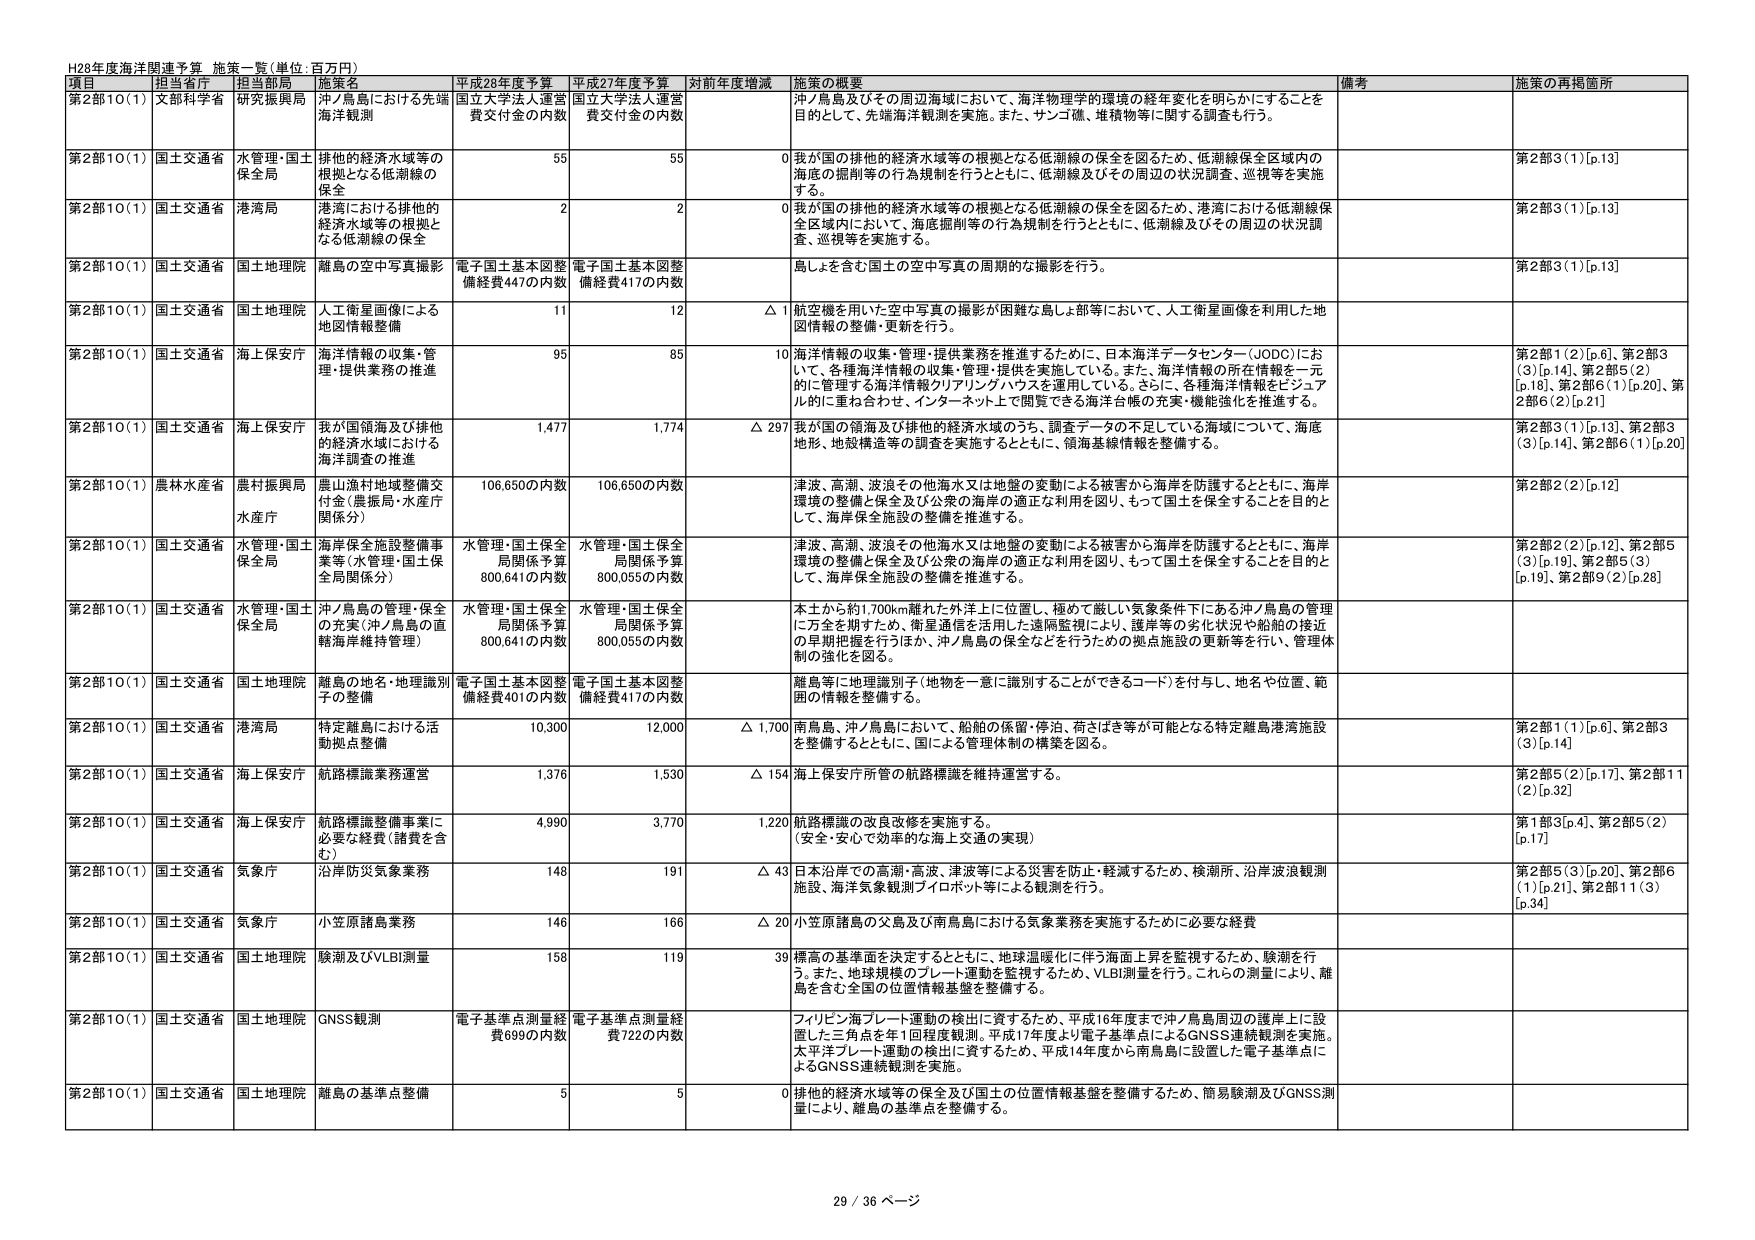
H28年度海洋関連予算 施策一覧(単位:百万円)

項目 担当省庁 担当部局 施策名 平成28年度予算 平成27年度予算 対前年度増減 施策の概要 備考 施策の再掲箇所

第2部10(1) 文部科学省 研究振興局 沖ノ島島における先端海洋観測 国立大学法人運営費交付金の内数 国立大学法人運営費交付金の内数 沖ノ島島及びその周辺海域において、海洋物理学的環境の経年変化を明らかにすることを目的として、先端海洋観測を実施。また、サンゴ礁、堆積物等に関する調査も行う。

第2部10(1) 国土交通省 水管理・国土保全局 排他的経済水域等の根拠となる低潮線の保全 55 55 0 我が国の排他的経済水域等の根拠となる低潮線の保全を図るため、低潮線保全区域内の海底の掘削等の行為規制を行うとともに、低潮線及びその周辺の状況調査、巡視等を実施する。 第2部3(1)[p.13]

第2部10(1) 国土交通省 港湾局 港湾における排他的経済水域等の根拠となる低潮線の保全 2 2 0 我が国の排他的経済水域等の根拠となる低潮線の保全を図るため、港湾における低潮線保全区域内において、海底掘削等の行為規制を行うとともに、低潮線及びその周辺の状況調査、巡視等を実施する。 第2部3(1)[p.13]

第2部10(1) 国土交通省 国土地理院 離島の空中写真撮影 電子国土基本図整備経費447の内数 電子国土基本図整備経費417の内数 島しょを含む国土の空中写真の周期的な撮影を行う。 第2部3(1)[p.13]

第2部10(1) 国土交通省 国土地理院 人工衛星画像による地図情報整備 11 12 △1 航空機を用いた空中写真の撮影が困難な島しょ部等において、人工衛星画像を利用した地図情報の整備・更新を行う。

第2部10(1) 国土交通省 海上保安庁 海洋情報の収集・管理・提供業務の推進 95 85 10 海洋情報の収集・管理・提供業務を推進するために、日本海洋データセンター(JODC)において、各種海洋情報の収集・管理・提供を実施している。また、海洋情報の所在情報を一元的に管理する海洋情報クリアリングハウスを運用している。さらに、各種海洋情報をビジュアル的に重ね合わせ、インターネット上で閲覧できる海洋台帳の充実・機能強化を推進する。 第2部1(2)[p.6]、第2部3(3)[p.14]、第2部5(2)[p.18]、第2部6(1)[p.20]、第2部6(2)[p.21]

第2部10(1) 国土交通省 海上保安庁 我が国領海及び排他的経済水域における海洋調査の推進 1,477 1,774 △297 我が国の領海及び排他的経済水域のうち、調査データの不足している海域について、海底地形、地殻構造等の調査を実施するとともに、領海基線情報を整備する。 第2部3(1)[p.13]、第2部3(3)[p.14]、第2部6(1)[p.20]

第2部10(1) 農林水産省 農村振興局 水産庁 震山漁村地整備交付金(農振局・水産庁関係分) 106,650の内数 106,650の内数 津波、高潮、波浪その他海水又は地盤の変動による被害から海岸を防護するとともに、海岸環境の整備と安全及び公衆の海岸の適正な利用を図り、もって国土を保全することを目的として、海岸保全施設の整備を推進する。 第2部2(2)[p.12]

第2部10(1) 国土交通省 水管理・国土保全局 水管理・国土保全局関係予算800,641の内数 水管理・国土保全局関係予算800,055の内数 津波、高潮、波浪その他海水又は地盤の変動による被害から海岸を防護するとともに、海岸環境の整備と安全及び公衆の海岸の適正な利用を図り、もって国土を保全することを目的として、海岸保全施設の整備を推進する。 第2部2(2)[p.12]、第2部5(3)[p.19]、第2部5(3)[p.19]、第2部9(2)[p.28]

第2部10(1) 国土交通省 水管理・国土保全局 沖ノ島島の管理・保全の充実(沖ノ島島の直轄海岸維持管理) 水管理・国土保全局関係予算800,641の内数 水管理・国土保全局関係予算800,055の内数 本土から約1,700km離れた外洋上に位置し、極めて厳しい気象条件下にある沖ノ島島の管理に万全を期すため、衛星通信を活用した遠隔監視により、護岸等の劣化状況や船舶の接近の早期把握を行うほか、沖ノ島島の保全などを行うための拠点施設の更新等を行い、管理体制の強化を図る。

第2部10(1) 国土交通省 国土地理院 離島の地名・地理識別子の整備 電子国土基本図整備経費401の内数 電子国土基本図整備経費417の内数 離島等に地理識別子(地物を一意に識別することができるコード)を付与し、地名や位置、範囲の情報を整備する。

第2部10(1) 国土交通省 港湾局 特定離島における活動拠点整備 10,300 12,000 △1,700 南鳥島、沖ノ島島において、船舶の係留・停泊、荷さばき等が可能となる特定離島港湾施設を整備するとともに、国による管理体制の構築を図る。 第2部1(1)[p.6]、第2部3(3)[p.14]

第2部10(1) 国土交通省 海上保安庁 航路標識業務運営 1,376 1,530 △154 海上保安庁所管の航路標識を維持運営する。 第2部5(2)[p.17]、第2部11(2)[p.32]

第2部10(1) 国土交通省 海上保安庁 航路標識整備事業に必要な経費(諸費を含む) 4,990 3,770 1,220 航路標識の改良改修を実施する。(安全・安心で効率的な海上交通の実現) 第1部3[p.4]、第2部5(2)[p.17]

第2部10(1) 国土交通省 気象庁 沿岸防災気象業務 148 191 △43 日本沿岸での高潮・高波、津波等による災害を防止・軽減するため、検潮所、沿岸波浪観測施設、海洋気象観測プロボット等による観測を行う。 第2部5(3)[p.20]、第2部6(1)[p.21]、第2部11(3)[p.34]

第2部10(1) 国土交通省 気象庁 小笠原諸島業務 146 166 △20 小笠原諸島の父島及び南鳥島における気象業務を実施するために必要な経費

第2部10(1) 国土交通省 国土地理院 験潮及びVLBI測量 158 119 39 標高の基準面を決定するとともに、地球温暖化に伴う海面上昇を監視するため、験潮を行う。また、地球規模のプレート運動を監視するため、VLBI測量を行う。これらの測量により、離島を含む全国の位置情報基盤を整備する。

第2部10(1) 国土交通省 国土地理院 GNSS観測 電子基準点測量経費699の内数 電子基準点測量経費722の内数 フィリピン海プレート運動の検出に資するため、平成16年度まで沖ノ島島周辺の護岸上に設置した三角点を年1回程度観測。平成17年度より電子基準点によるGNSS連続観測を実施。太平洋プレート運動の検出に資するため、平成14年度から南鳥島に設置した電子基準点によるGNSS連続観測を実施。

第2部10(1) 国土交通省 国土地理院 離島の基準点整備 5 5 0 排他的経済水域等の保全及び国土の位置情報基盤を整備するため、簡易験潮及びGNSS測量により、離島の基準点を整備する。

29 / 36 ページ